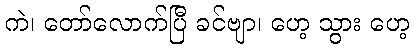
ကဲ၊ တော်လောက်ပြီ ခင်ဗျာ၊ ဟေ့ သွား ဟေ့